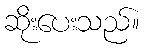
ဆိုးပေးသည်။